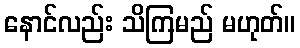
နောင်လည်း သိကြမည် မဟုတ်။